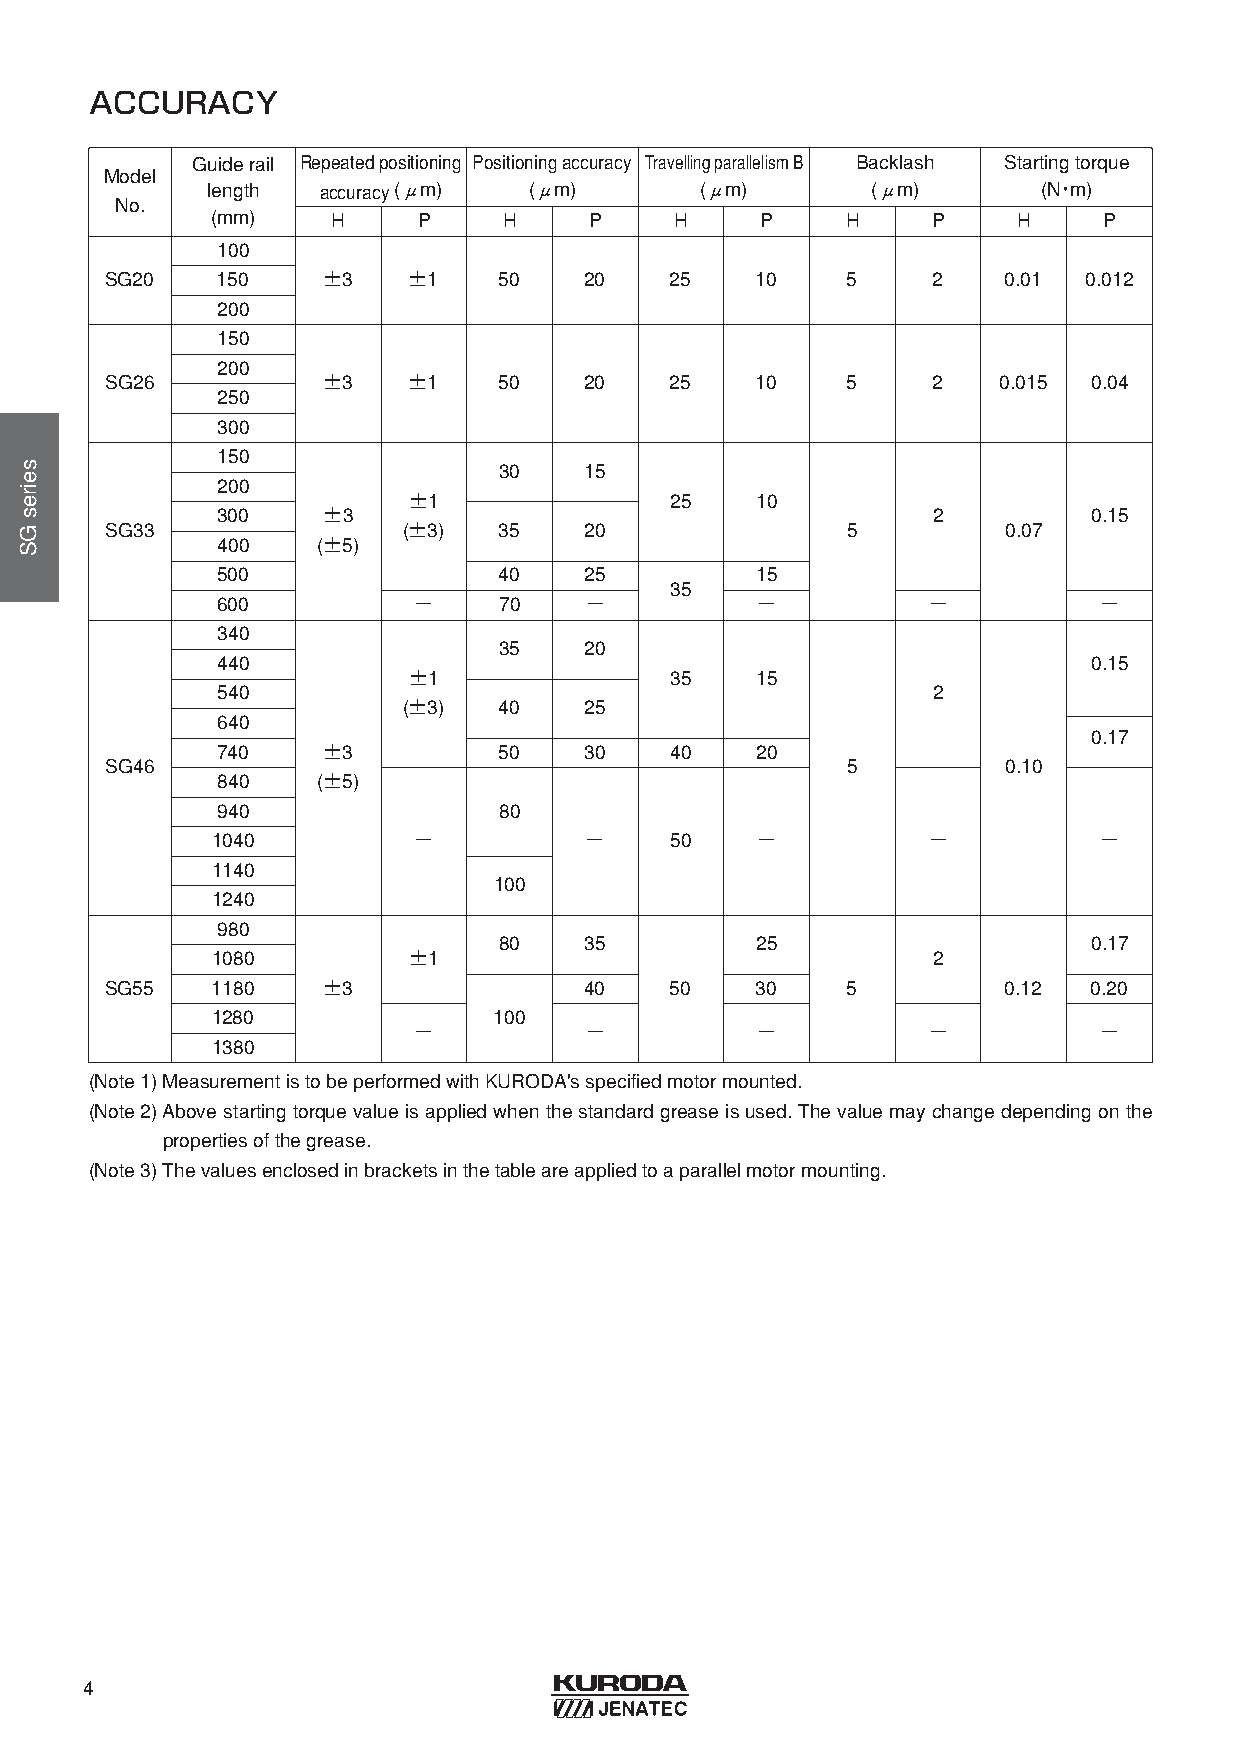
ACCURACY
 Guiderail Repeatedpositioning Positioningaccuracy TravellingparallelismB Backlash Startingtorque
 Model
 length accuracy(μm)  (μm)       (μm)        (μm)       (N・m)
 No.
 (mm)    H     P    H     P     H    P     H     P    H     P
 100
 SG20   150    ±3    ±1    50    20   25    10    5     2    0.01 0.012
 200
 150
 200
 SG26          ±3    ±1    50    20   25    10    5     2   0.015 0.04
 250
 300
 150
 30    15
 200
 ±1               25    10
 300    ±3                                       2         0.15
 SG33                (±3)  35    20               5          0.07
 400    (±5)
 500                40    25         15
 35
 600          −     70    −          −          −           −
 340
 35    20
 440                                                       0.15
 ±1               35    15
 540                                             2
 (±3)  40    25
 640
 0.17
 740    ±3          50    30   40    20
 SG46                                             5          0.10
 840    (±5)
 940                80
 1040         −           −    50    −          −           −
 1140
 100
 1240
 980
 80    35         25                    0.17
 1080         ±1                                 2
 SG55   1180   ±3                40   50    30    5          0.12 0.20
 1280               100
 −           −          −          −           −
 1380
 (Note1) MeasurementistobeperformedwithKURODA'sspecifiedmotormounted.
 (Note2) Above starting torque value is applied when the standard grease is used. The value may change depending on the
 propertiesofthegrease.
 (Note3) Thevaluesenclosedinbracketsinthetableareappliedtoaparallelmotormounting.
 4
 seiresGS